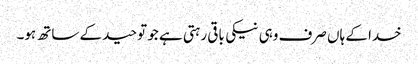
خدا کے ہاں صرف وہی نیکی باقی رہتی ہے جو توحید کے ساتھ ہو۔